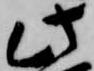
此